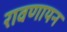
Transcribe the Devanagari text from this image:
रावणायन